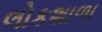
લોકશાળા